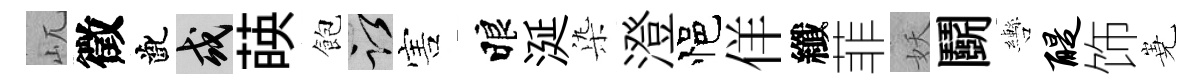
屼徵齔或𦴤飽謹害睱涎𣑱澄悒佯纖菲妖鬬轡醍饰嶤